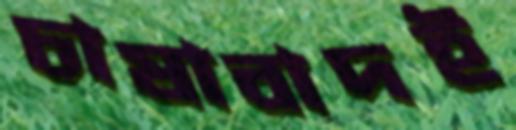
চাষাবাদই